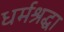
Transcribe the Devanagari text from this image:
धर्मश्रद्धा